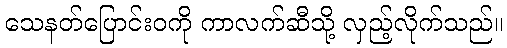
သေနတ်ပြောင်းဝကို ကာလက်ဆီသို့ လှည့်လိုက်သည်။